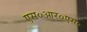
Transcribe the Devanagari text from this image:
एस०आर०एस०